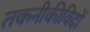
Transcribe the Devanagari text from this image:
तकनीकीविदों